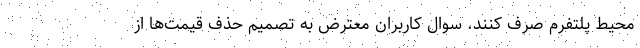
محیط پلتفرم صرف کنند. سوال کاربران معترض به تصمیم حذف قیمت‌ها از